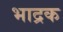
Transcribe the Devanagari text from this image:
भाद्रक